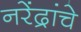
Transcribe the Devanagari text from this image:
नरेंद्रांचे